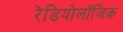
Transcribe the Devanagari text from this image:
रेडियोलॉजिक